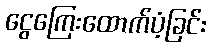
ငွေကြေးထောက်ပံ့ခြင်း